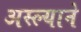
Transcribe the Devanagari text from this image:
अस्ल्याने